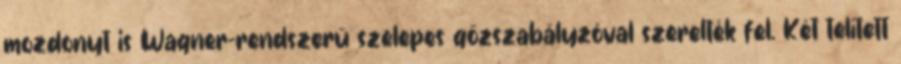
mozdonyt is Wagner-rendszerű szelepes gőzszabályzóval szerelték fel. Két telített